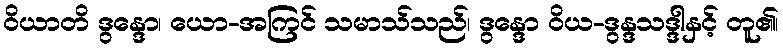
ဝိယာတိ ဒွန္ဒော၊ ယော-အကြင် သမာသ်သည်၊ ဒွန္ဒော ဝိယ-ဒွန္ဒသဒ္ဒါနှင့် တူ၏၊